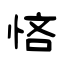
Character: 悋